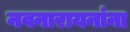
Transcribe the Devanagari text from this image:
नवनारायनांना